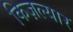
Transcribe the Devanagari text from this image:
किज़ल्यार